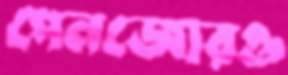
পেনজোরও